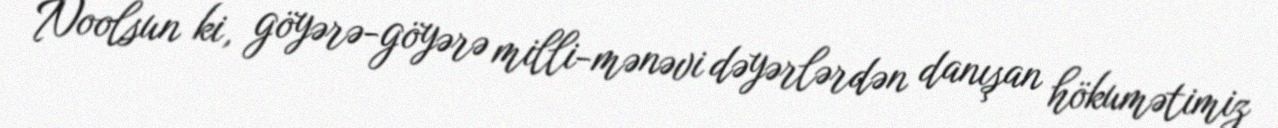
Noolsun ki, göyərə-göyərə milli-mənəvi dəyərlərdən danışan hökumətimiz